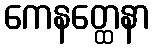
ကေနတ္ထေနာ